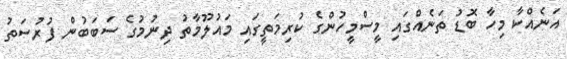
އަނެއްކާ މިހާ ބޮޑު ތަނެއްގައި މީސްމީހުންގެ ކުރިމަތީގައި މައުލޫމާތު ދިނުމުގެ ސަބަބުން ފުރުސަތު